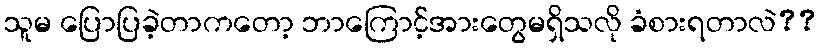
သူမ ပြောပြခဲ့တာကတော့ ဘာကြောင့်အားတွေမရှိသလို ခံစားရတာလဲ??